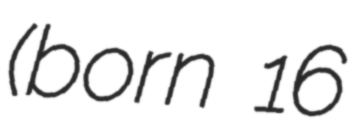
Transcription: (born 16